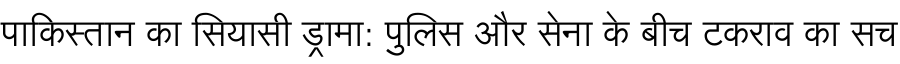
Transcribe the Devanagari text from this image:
पाकिस्तान का सियासी ड्रामा: पुलिस और सेना के बीच टकराव का सच